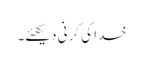
خدا کی کرنی دیکھئے۔